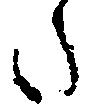
た